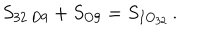
S _ { \mathrm { 3 2 \ D 9 } } + S _ { \mathrm { O 9 } } = S _ { I O _ { 3 2 } } \, .